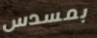
بمسدس